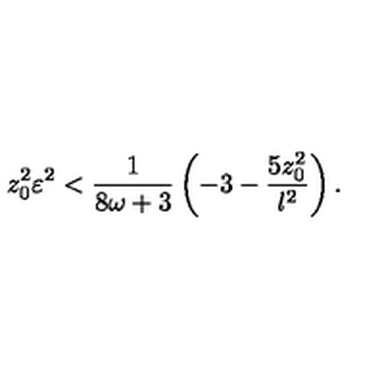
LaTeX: z _ { 0 } ^ { 2 } \varepsilon ^ { 2 } < { \frac { 1 } { 8 \omega + 3 } } \left( - 3 - { \frac { 5 z _ { 0 } ^ { 2 } } { l ^ { 2 } } } \right) .